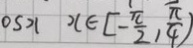
0 s x x \in [ - \frac { \pi } { 2 } , \frac { \pi } { 4 } )